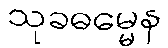
သုခဓမ္မေန